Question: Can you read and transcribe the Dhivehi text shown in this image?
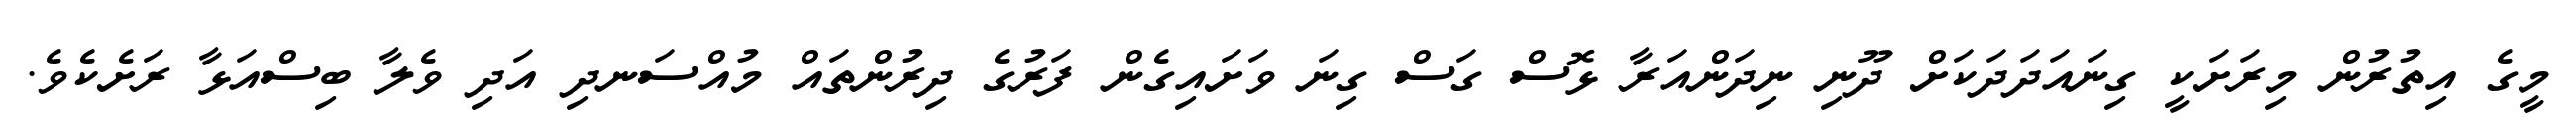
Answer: މީގެ އިތުރުން މިރަށަކީ ގިނައަދަދަކަށް ދޫނި ނިދަންއަރާ ޅޮސް ގަސް ގިނަ ވަށައިގެން ފަރުގެ ދިރުންތައް މުއްސަނދި އަދި ވެލާ ބިސްއަޅާ ރަށެކެވެ.